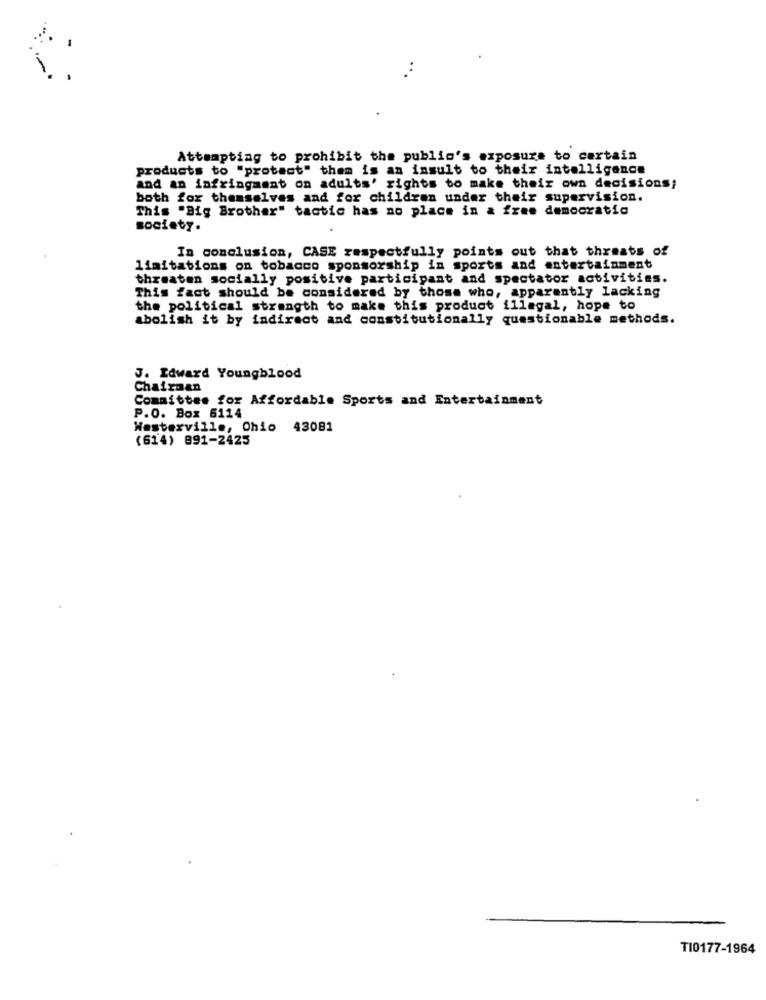
..
Attempting to prohibit the public's exposure to certain
products to "protect" them is an insult to their intelligence
and an infringment on adults' rights to make their own decisions;
both for themselves and for children under their supervision.
This "Big Brother" tactic has no place in a free democratic
society.
In conclusion, CASE respectfully points out that threats of
limitations on tobacco sponsorship in sports and entertainment
threaten socially positive participant and spectator activities.
This fact should be considered by those who, apparently lacking
the political strength to make this product illegal, hope to
abolish it by indirect and constitutionally questionable methods.
J. Edward Youngblood
Chairman
Committee for Affordable Sports and Entertainment
P.O. Box 6114
Westerville, Ohio 43081
(614) 891-2425
TI0177-1964